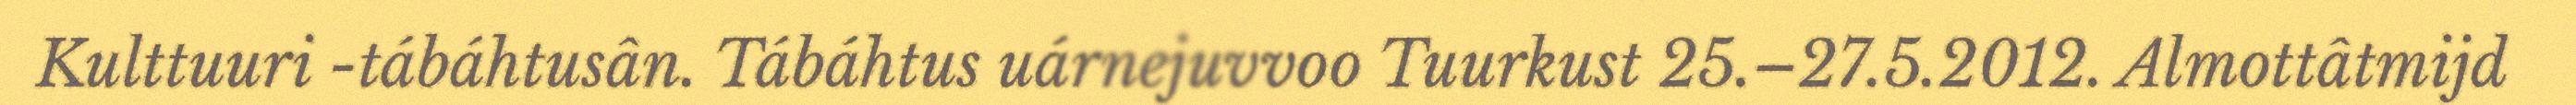
Kulttuuri -tábáhtusân. Tábáhtus uárnejuvvoo Tuurkust 25.–27.5.2012. Almottâtmijd